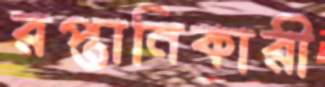
রপ্তানিকারী